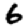
Digit: 6